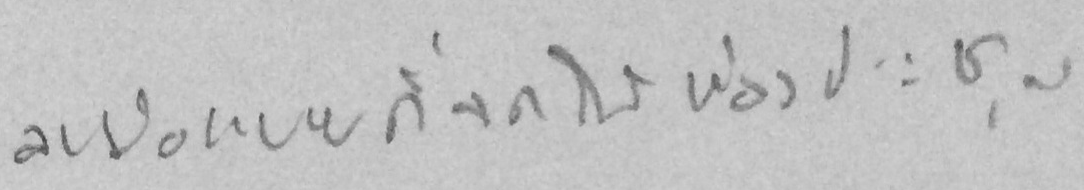
ลายมือแบบที่จดในห้องประชุม